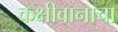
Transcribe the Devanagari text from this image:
कक्षीवानाचा